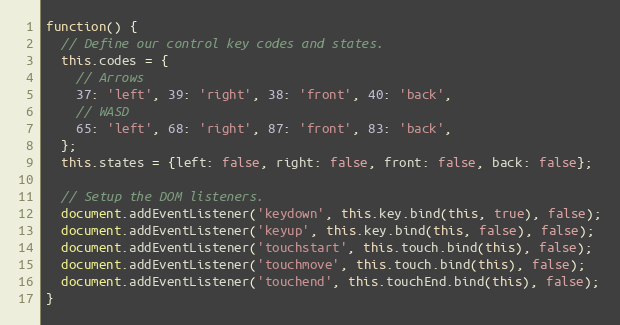
Language: JavaScript
function() {
  // Define our control key codes and states.
  this.codes = {
    // Arrows
    37: 'left', 39: 'right', 38: 'front', 40: 'back',
    // WASD
    65: 'left', 68: 'right', 87: 'front', 83: 'back',
  };
  this.states = {left: false, right: false, front: false, back: false};

  // Setup the DOM listeners.
  document.addEventListener('keydown', this.key.bind(this, true), false);
  document.addEventListener('keyup', this.key.bind(this, false), false);
  document.addEventListener('touchstart', this.touch.bind(this), false);
  document.addEventListener('touchmove', this.touch.bind(this), false);
  document.addEventListener('touchend', this.touchEnd.bind(this), false);
}